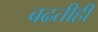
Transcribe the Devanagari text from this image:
बढतीही